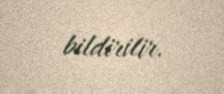
bildirilir.